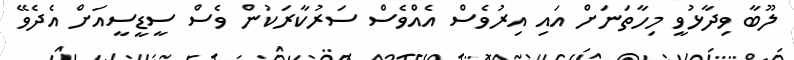
ލޫބާ ވިދާޅުވީ މިހާތަނަށް އައި އިރުވެސް އެއްވެސް ސަރުކާރަކުން ވެސް ސީޑީސީއަށް އެދެވޭ